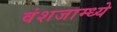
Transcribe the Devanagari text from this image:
वंशजाम्ध्ये